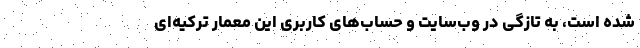
شده است، به تازگی در وب‌سایت و حساب‌های کاربری این معمار ترکیه‌ای